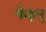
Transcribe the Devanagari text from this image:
फेइन्